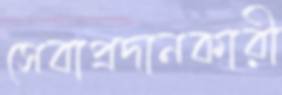
সেবাপ্রদানকারী